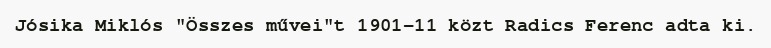
Jósika Miklós "Összes művei"t 1901–11 közt Radics Ferenc adta ki.